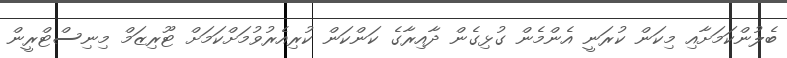
ބެލުންކަމަށާއި މިކަން ކުރަނީ އެންމެން ގުޅިގެން ދާއިރާގެ ކަންކަން ކުރިއެރުވުމަށްކަމަށް ޓޫރިޒަމް މިނިސްޓްރީން